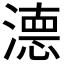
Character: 𭲖